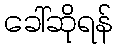
ခေါ်ဆိုရန်